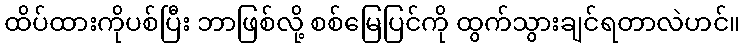
ထိပ်ထားကိုပစ်ပြီး ဘာဖြစ်လို့ စစ်မြေပြင်ကို ထွက်သွားချင်ရတာလဲဟင်။